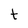
Character: t